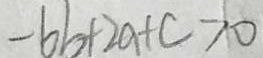
- 6 b + 2 a + c > 0